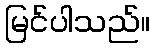
မြင်ပါသည်။